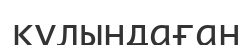
кұлындаған